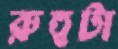
রুহুটা